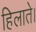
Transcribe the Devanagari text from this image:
हिलाते।